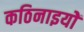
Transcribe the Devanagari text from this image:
कठिनाइयोें